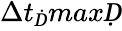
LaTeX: \Delta t_{Ḋ}maxḌ